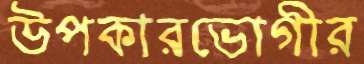
উপকারভোগীর